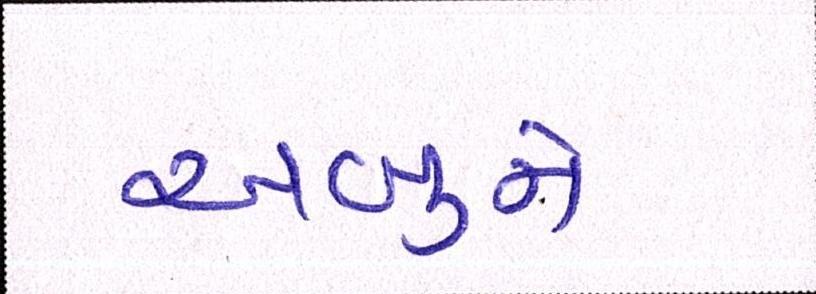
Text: અબુને